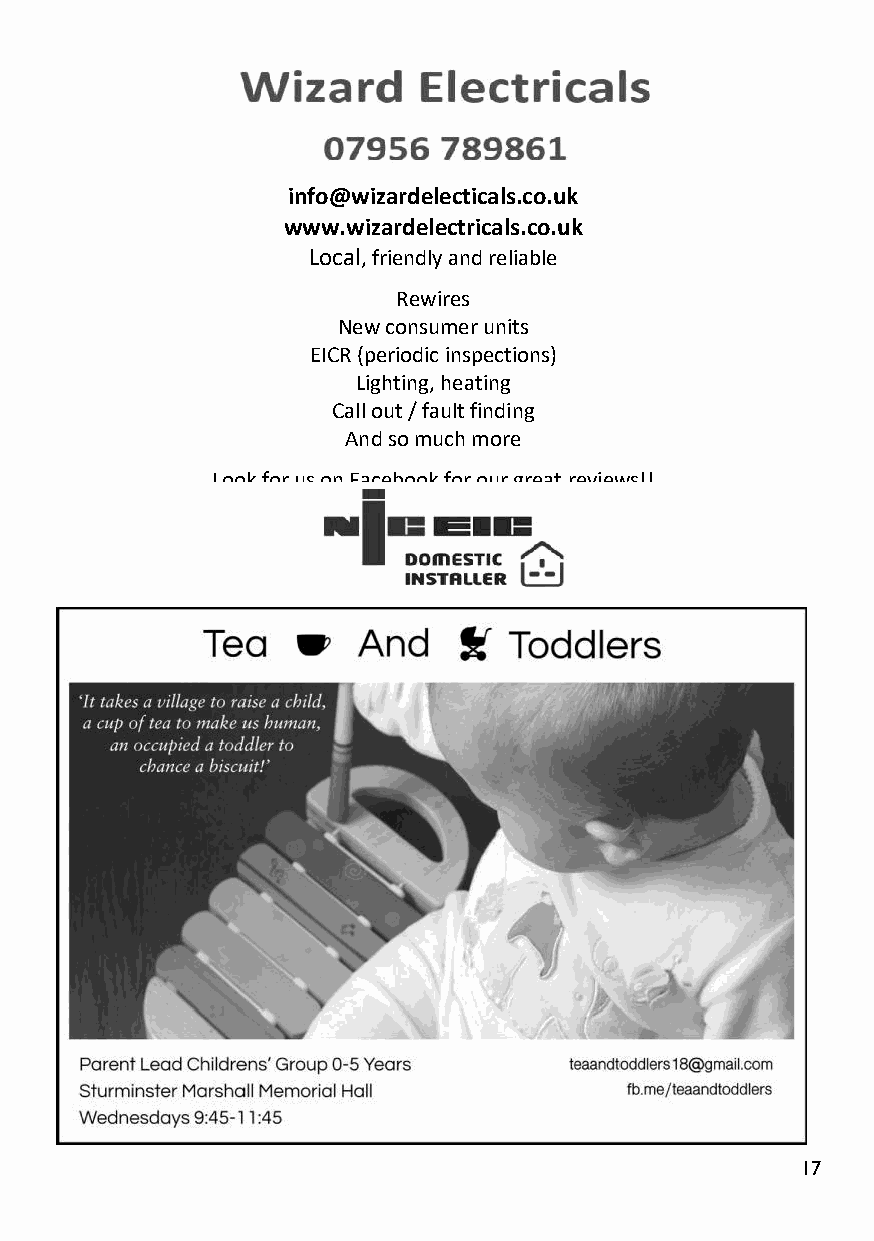
info@wizardelecticals.co.uk
 www.wizardelectricals.co.uk
 Local,friendly and reliable
 Rewires
 New consumer units
 EICR (periodic inspections)
 Lighting, heating
 Call out / fault finding
 And so much more
 Look for us on Facebook for our great reviews!!
 17